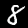
Digit: 8